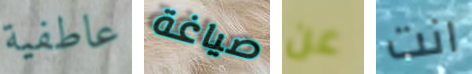
عاطفية صياغة عن انت